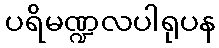
ပရိမဏ္ဍလပါရုပန